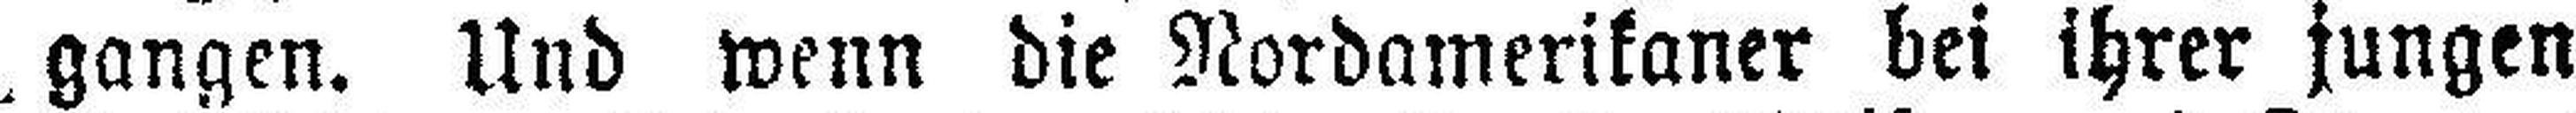
gangen. Und wenn die Nordamerikaner bei ihrer jungen